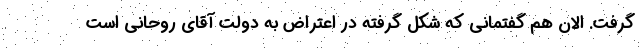
گرفت. الان هم گفتمانی که شکل گرفته در اعتراض به دولت آقای روحانی است